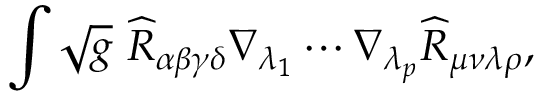
\int \sqrt { g } ~ \widehat { R } _ { \alpha \beta \gamma \delta } \nabla _ { \lambda _ { 1 } } \cdots \nabla _ { \lambda _ { p } } \widehat { R } _ { \mu \nu \lambda \rho } ,